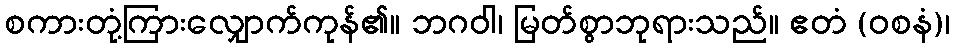
စကားတုံ့ကြားလျှောက်ကုန်၏။ ဘဂဝါ၊ မြတ်စွာဘုရားသည်။ ဧတံ (ဝစနံ)၊